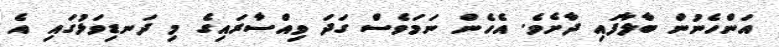
އަންހެނުން ބާލާފައި ދާށެވެ. އެހެން ނަމަވެސް ގަދަ ވިއްސާރައިގެ މި ދަނޑިވަޅުގައި އެ